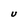
Character: U